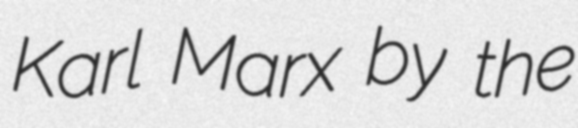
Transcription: Karl Marx by the